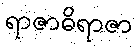
ရာဇာဓိရာဇာ